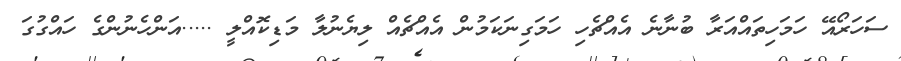
ސަހަރޯއޭ ހަމަހިތައްއަރާ ބުނާނެ އެއްޗެހި ހަމަގިނަކަމުން އެއްޗެއް ލިޔެނުލާ މަޑިކޮއްލީ .....އަންހެނުންގެ ހައްގުގަ